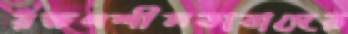
রক্ষণশীলতাবাদের